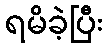
ရမိခဲ့ပြီး